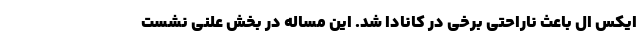
ایکس ال باعث ناراحتی برخی در کانادا شد. این مساله در بخش علنی نشست